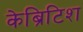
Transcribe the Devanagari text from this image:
केब्रिटिश